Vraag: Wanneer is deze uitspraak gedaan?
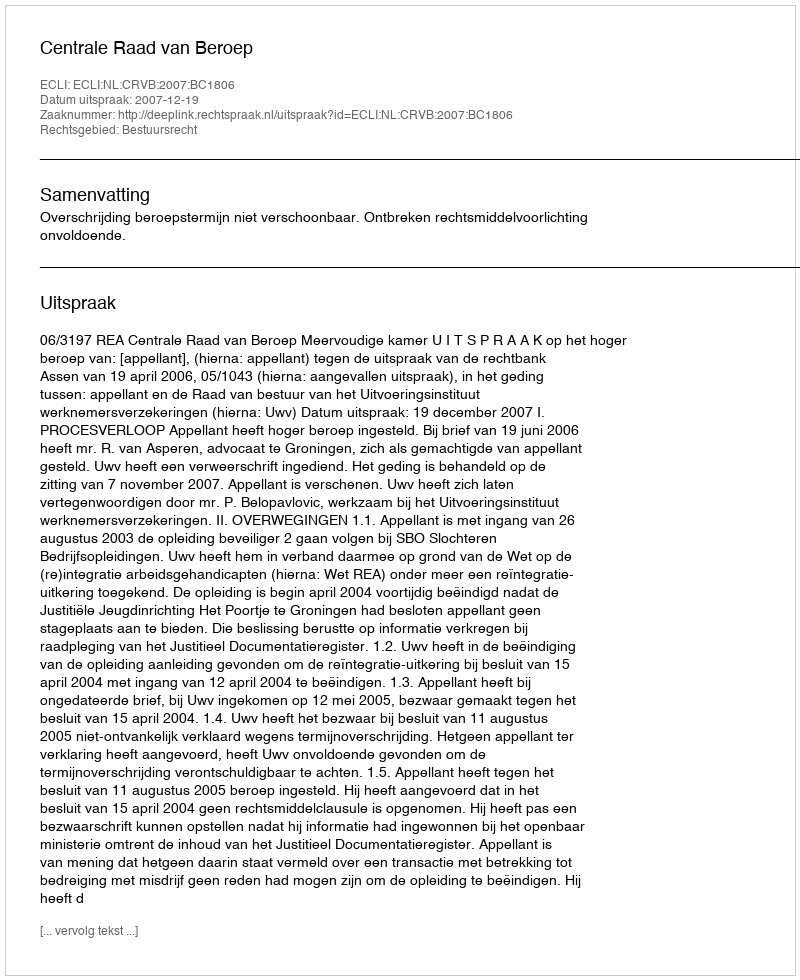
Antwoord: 2007-12-19